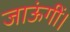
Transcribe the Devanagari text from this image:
जाऊंगीं।